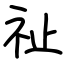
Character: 祉